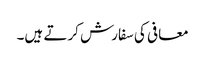
معافی کی سفارش کرتے ہیں۔